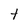
Character: t